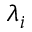
\lambda _ { i }